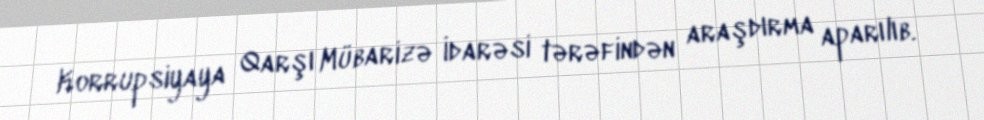
Korrupsiyaya Qarşı Mübarizə İdarəsi tərəfindən araşdırma aparılıb.